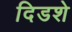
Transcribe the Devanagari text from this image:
दिडशे